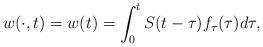
LaTeX: \begin{align*}w(\cdot,t)=w(t)=\int_{0}^tS(t-\tau)f_\tau(\tau)d\tau,\end{align*}